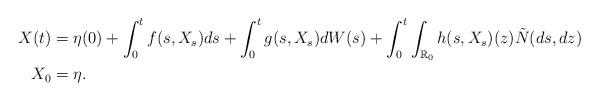
LaTeX: \begin{align*} X(t)&=\eta(0)+\int_0^t f(s, X_s)ds +\int_0^t g(s,X_s)d W(s)+\int_0^t \int_{\mathbb{R}_0}h(s,X_s)(z)\tilde N(d s,d z)\\ X_0&=\eta.\end{align*}